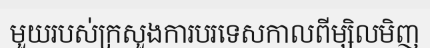
មួយរបស់ក្រសួងការបរទេសកាលពីម្សិលមិញ